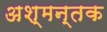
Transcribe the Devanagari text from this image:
अश्मन्तक